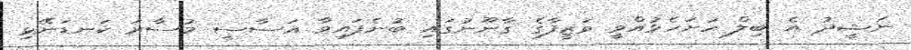
ނަޝީދު އެ ބިލް ހުށަހެޅުއްވީ ވަޒީފާގެ ގާނޫނުގައި ބުނެފައިވާ އަސާސީ މުސާރަ ކަނޑަނޭޅި